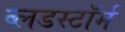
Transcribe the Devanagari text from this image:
ब्लडस्टॉर्म